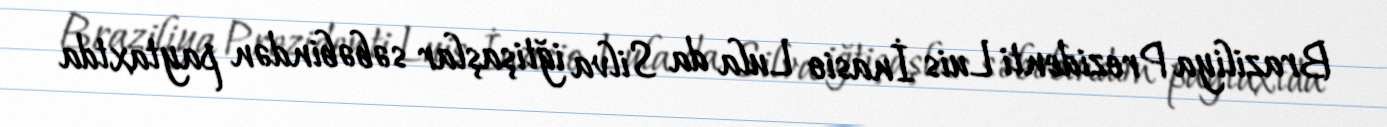
Braziliya Prezidenti Luis İnasio Lula da Silva iğtişaşlar səbəbindən paytaxtda